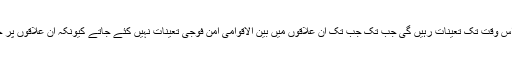
روس نے یہ بھی کہا ہے کہ شورش زدہ علاقوں میں روسی افواج اس وقت تک تعینات رہیں گی جب تک جب تک ان علاقوں میں بین الاقوامی امن فوجی تعینات نہیں کئے جاتے کیونکہ ان علاقوں پر جارجیا کی طرف سے دوبارہ حملے کو نطر انداز نہیں کیا جا سکتا۔